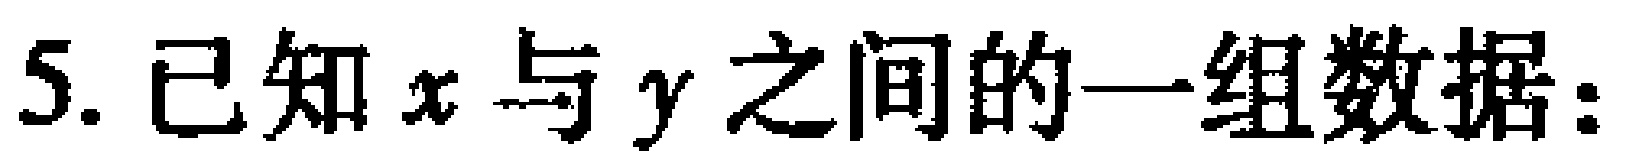
5. 已知\(x\)与\(y\)之间的一组数据：